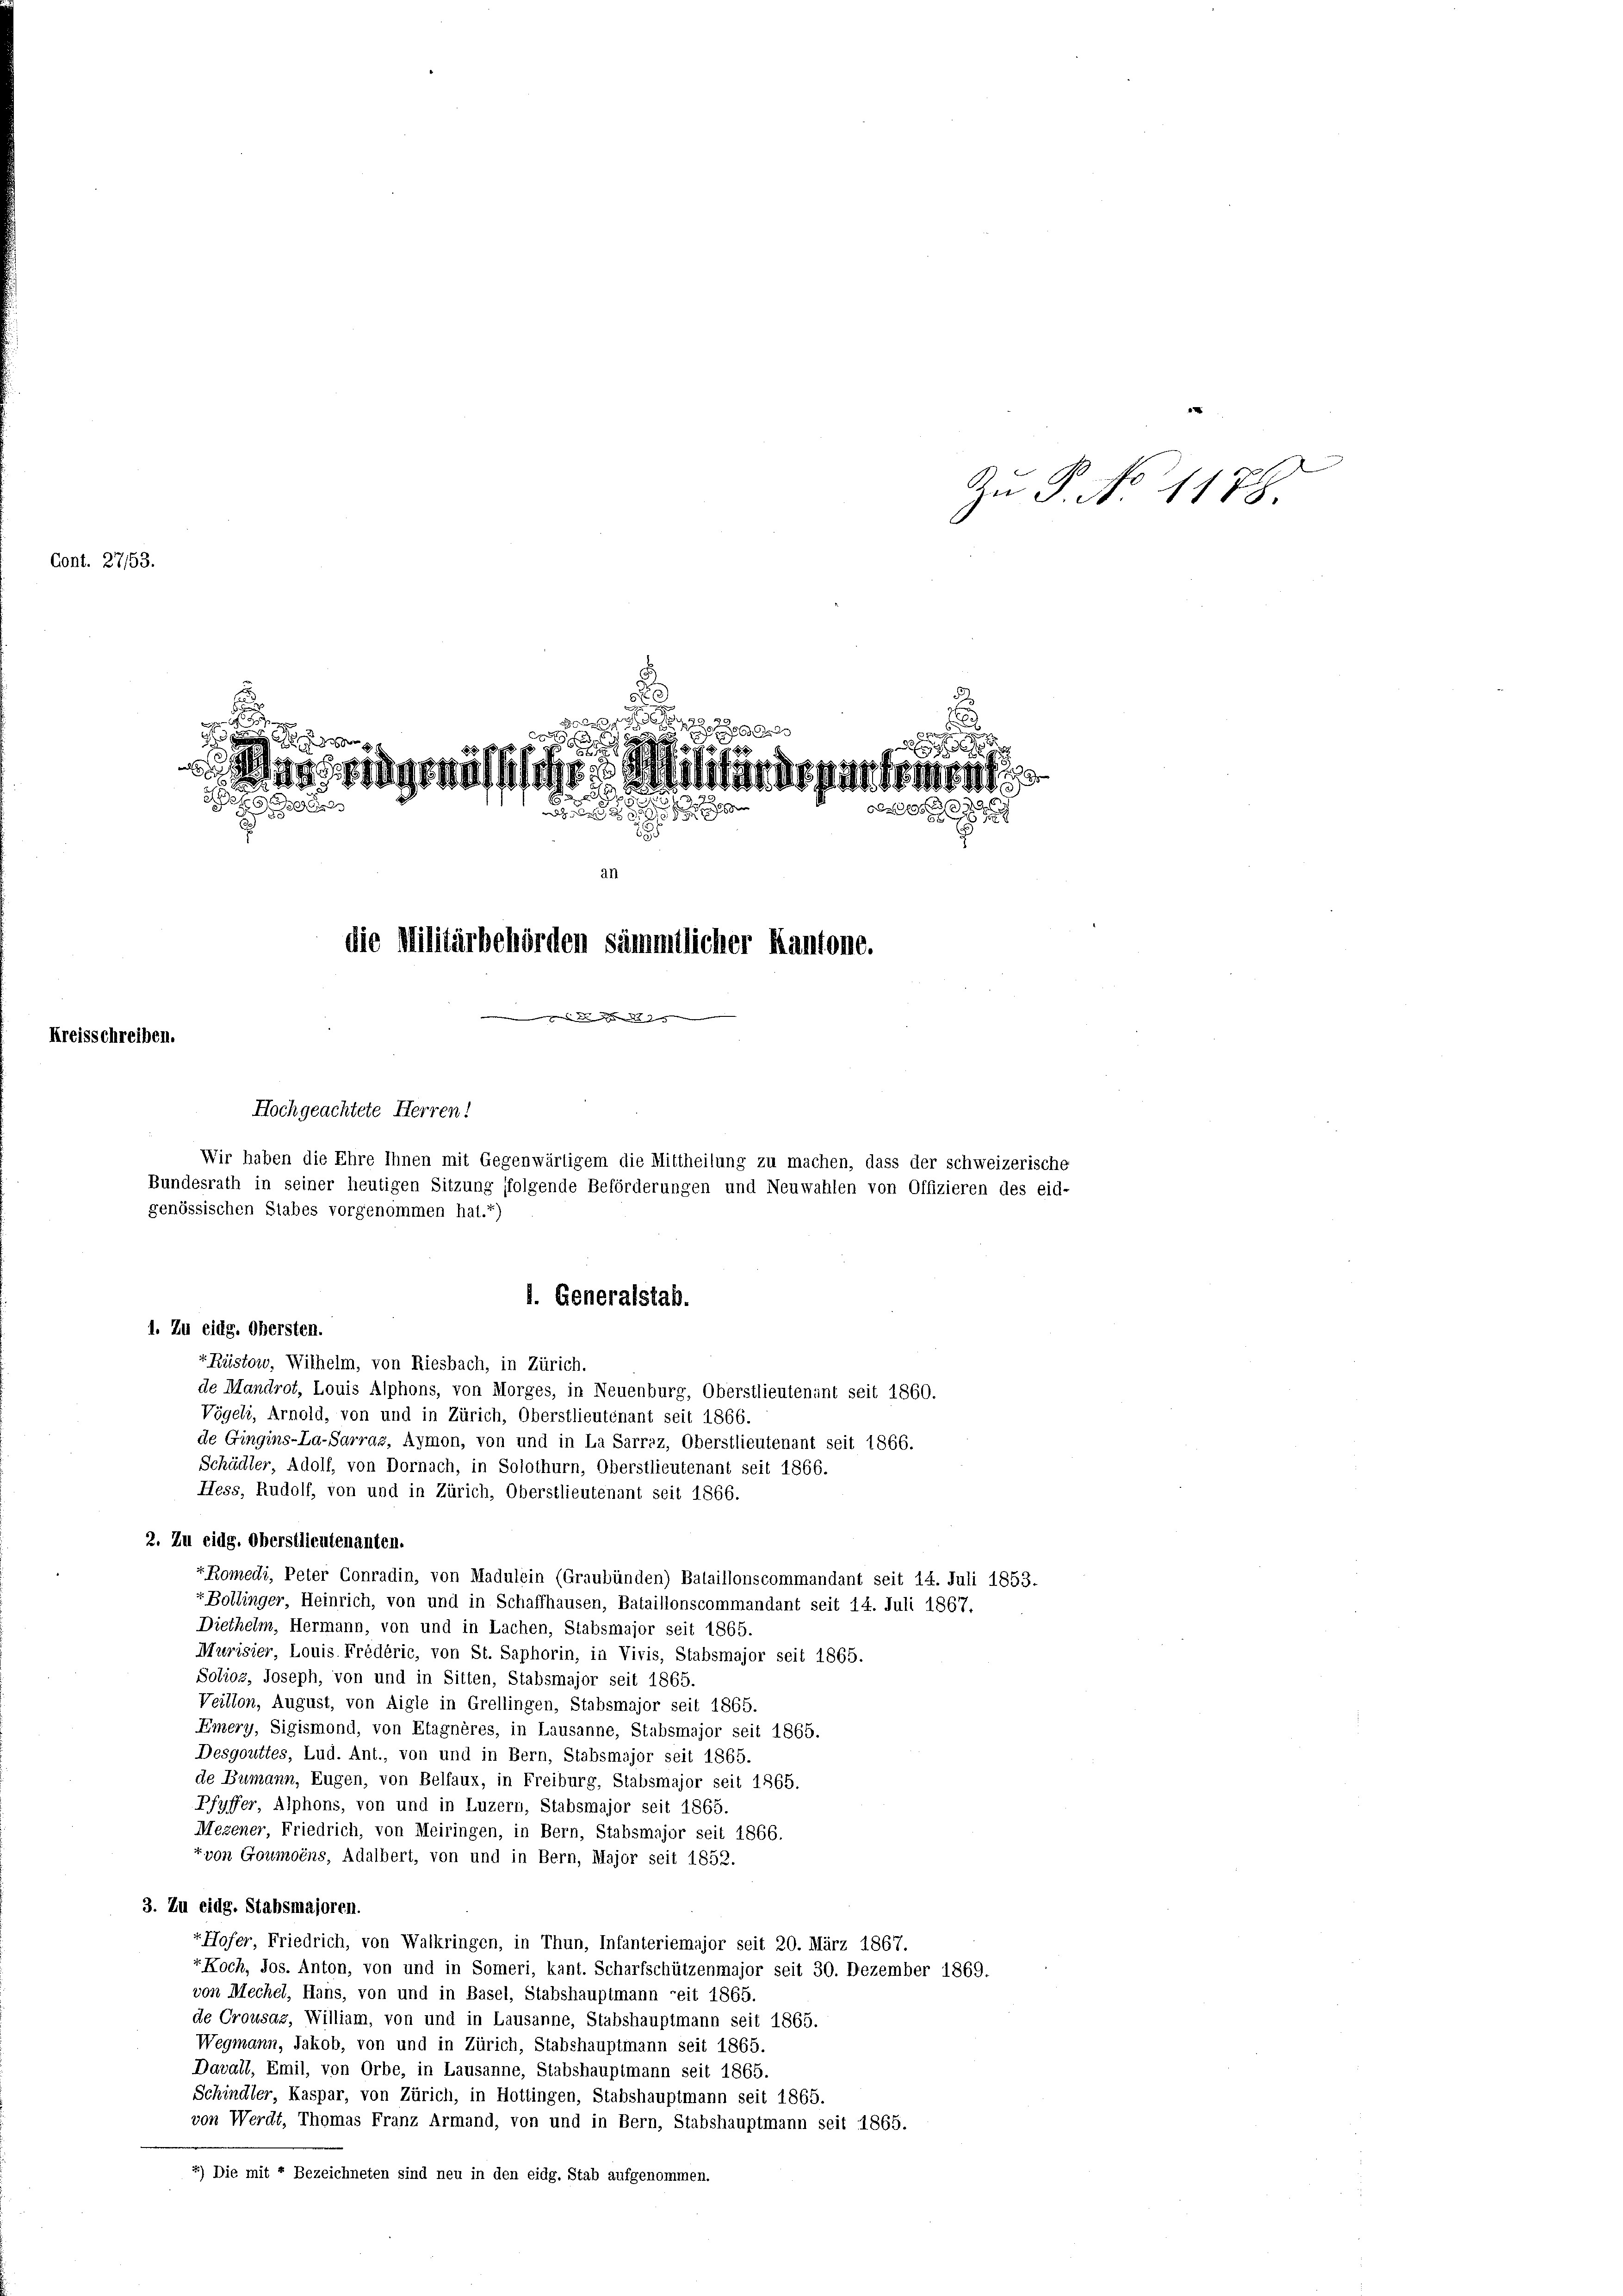
Cont. 27/53.

Kreisschreiben.

An P. No 1178.

2

gehässliche
iis sie hement
0 xx
de

an
die Militärbehörden sämmtlicher Kantone.
2

Hochgeachtete Herren!
genössischen Stabes vorgenommen hat.1)
l. Generalstab.
1. Zu eidg. Obersten.
-Rüstow, Wilhelm, von Riesbach, in Zürich.
de Mandrot, Louis Alphons, von Morges, in Neuenburg, Oberstlieutenant seit 1860.
Vögeli, Arnold, von und in Zürich, Oberstlieutenant seit 1866.
de Gingins-La-Sarraz, Aymon, von und in La Sarraz, Oberstlieutenant seit 1866.
Schädler, Adolf, von Dornach, in Solothurn, Oberstlieutenant seit 1866.
Hess, Rudolf, von und in Zürich, Oberstlieutenant seit 1866.
2. Zu eidg. Oberstlieutenanten.
" Romedi, Peter Conradin, von Madulein (Graubünden) Balaillonscommandant seit 14. Juli 1853.
-Bollinger, Heinrich, von und in Schaffhausen, Bataillonscommandant seit 14. Juli 1867,
Diethelm, Hermann, von und in Lachen, Stabsmajor seit 1865.
Murisier, Louis Frédéric, von St. Saphorin, in Vivis, Stabsmajor seit 1865.
Solioz, Joseph, von und in Sitten, Stabsmajor seit 1865.
Veillon, August, von Aigle in Grellingen, Stabsmajor seit 1865.
Emery, Sigismond, von Etagnères, in Lausanne, Stabsmajor seit 1865.
Desgouttes, Lud. Ant., von und in Bern, Stabsmajor seit 1865.
de Bumann, Eugen, von Belfaux, in Freiburg, Stabsmajor seit 1865.
Pfyffer, Alphons, von und in Luzern, Stabsmajor seit 1865.
Mezener, Friedrich, von Meiringen, in Bern, Stabsmajor seit 1866.
tvon Goumoins, Adalbert, von und in Bern, Major seit 1852.
3. Zu eidg. Stabsmajoren.
-Hofer, Friedrich, von Walkringen, in Thun, Infanteriemajor seit 20. März 1867.
vKoch, Jos. Anton, von und in Someri, kant. Scharfschützenmajor seit 30. Dezember 1869.
von Mechel, Hans, von und in Basel, Stabshauptmann reit 1865.
de Crousaz, William, von und in Lausanne, Stabshauptmann seit 1865.
Wegmann, Jakob, von und in Zürich, Stabshauptmann seit 1865.
Davall, Emil, von Orbe, in Lausanne, Stabshauptmann seit 1865.
Schindler, Kaspar, von Zürich, in Hottingen, Stabshauptmann seit 1865.
von Werdt, Thomas Franz Armand, von und in Bern, Stabshauptmann seit 1865.
7) Die mit 7 Bezeichneten sind neu in den eidg. Stab aufgenommen.

Wir haben die Ehre Ihnen mit Gegenwärtigem die Mittheilung zu machen, dass der schweizerische
Bundesrath in seiner heutigen Sitzung ffolgende Beförderungen und Neuwahlen von Offizieren des eid-